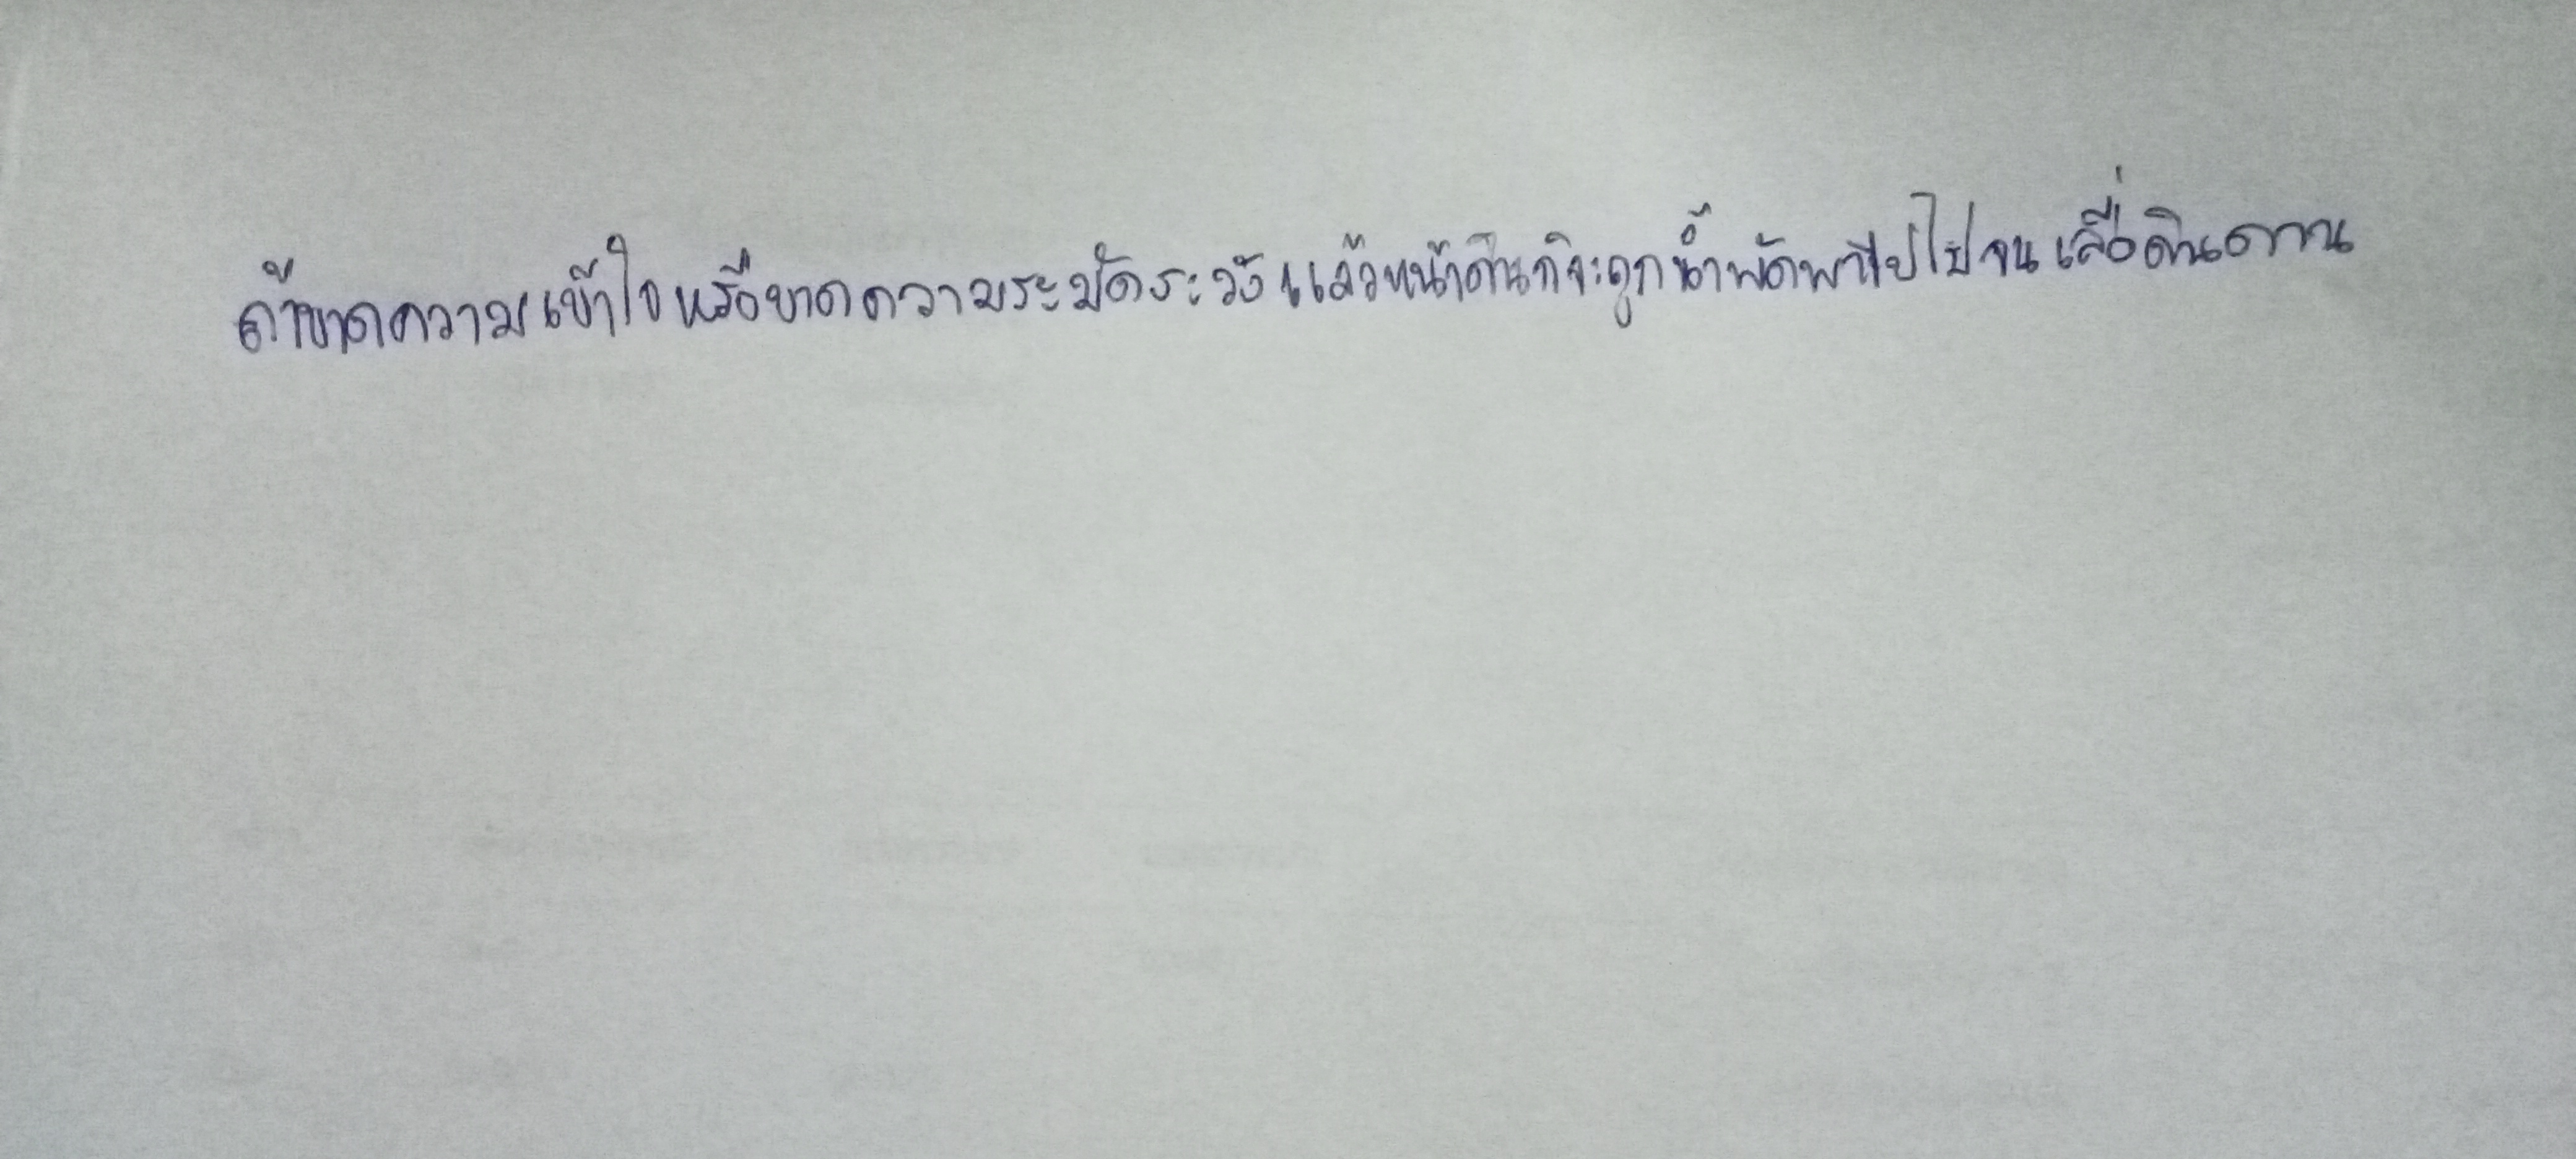
ถ้าขาดความเข้าใจหรือขาดความระมัดระวังแล้วหน้าดินก็จะถูกน้ำพัดพาไปจนเหลือแต่ดินดาน